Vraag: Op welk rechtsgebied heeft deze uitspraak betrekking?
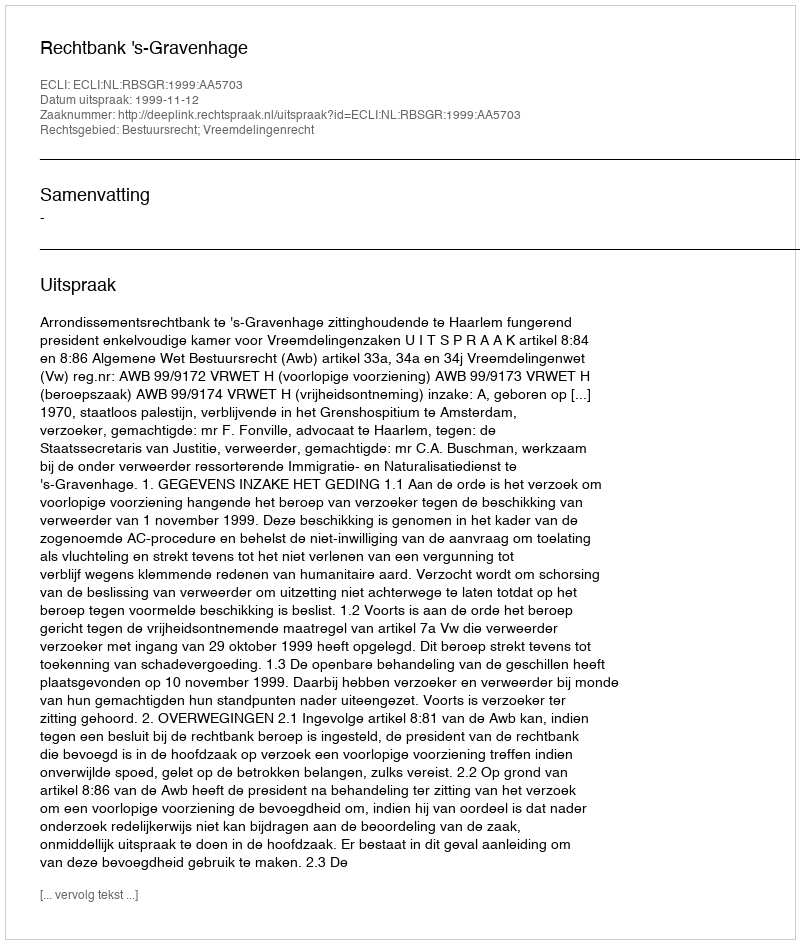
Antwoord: Bestuursrecht; Vreemdelingenrecht